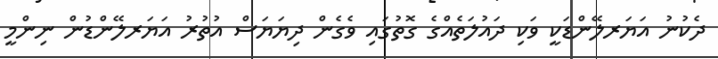
ދެކުނު އަޔަރލޭންޑަކީ ވަކި ދައުލަތެއްގެ ގޮތުގައި ވެގެން ދިޔަޔަސް އުތުރު އަޔަރލޭންޑުން ނިންމީ